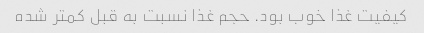
کیفیت غذا خوب بود. حجم غذا نسبت به قبل کمتر شده